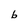
Character: b